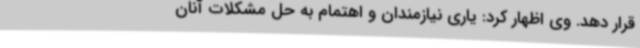
قرار دهد. وی اظهار کرد: یاری نیازمندان و اهتمام به حل مشکلات آنان